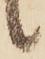
候